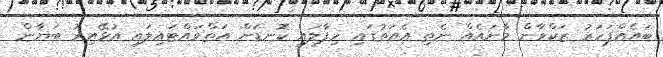
ބައެއްފަހަރު ޒަކްވާން މާނައެއް ނެތި އެއަތުގައި ހިފާލައި ކޮނޑަށް އަތްވައްޓައިލައި އުޅޭއިރު ބަޔާން